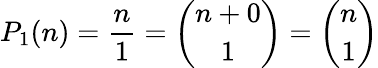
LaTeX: P_{1}(n)={\frac{n}{1}}={\binom{n+0}{1}}={\binom{n}{1}}